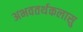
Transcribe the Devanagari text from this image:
अभवतर्थकलासु